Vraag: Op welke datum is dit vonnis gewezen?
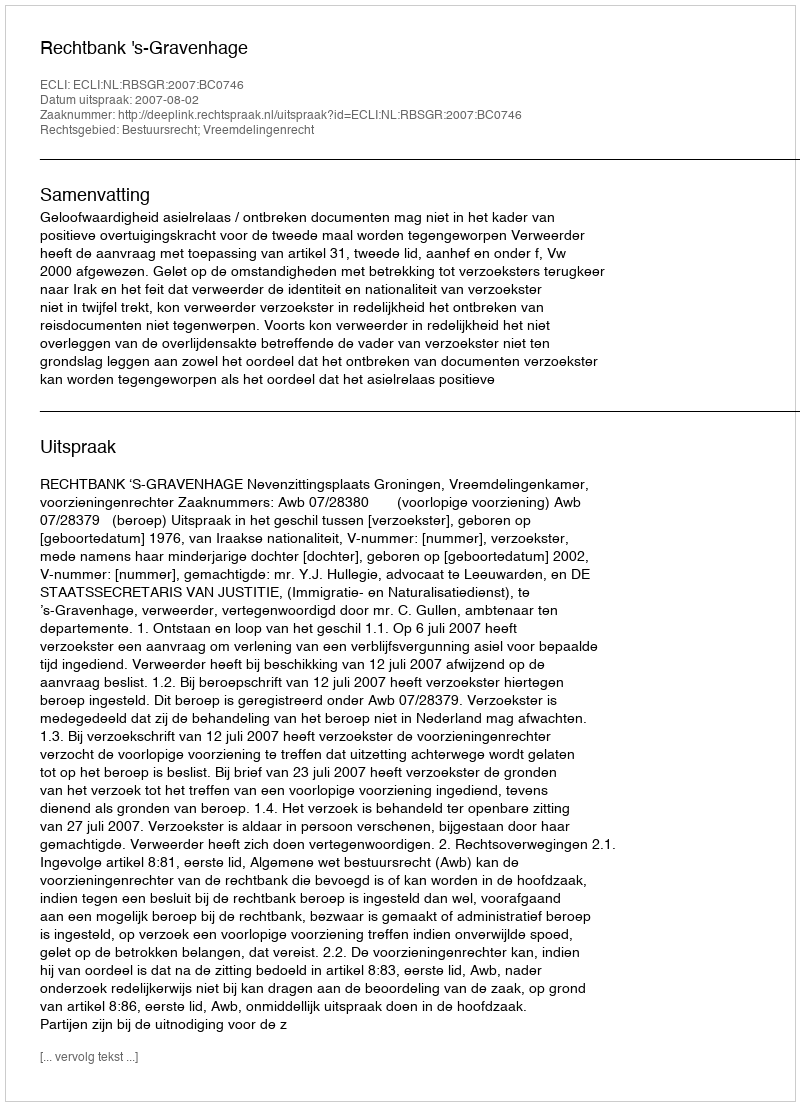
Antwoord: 2007-08-02